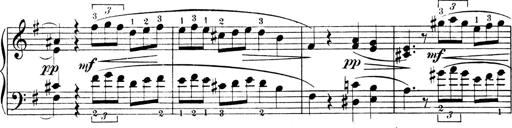
Title: 4 Sonatines
Composer: Max Reger